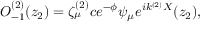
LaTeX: O _ { - 1 } ^ { ( 2 ) } ( z _ { 2 } ) = \zeta _ { \mu } ^ { ( 2 ) } c e ^ { - \phi } \psi _ { \mu } e ^ { i k ^ { ( 2 ) } X } ( z _ { 2 } ) ,